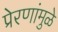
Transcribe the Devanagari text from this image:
प्रेरणांमुळे